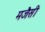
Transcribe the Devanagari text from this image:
मजैसी